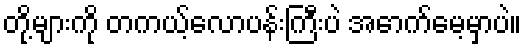
တို့များကို တကယ့်လောပန်းကြီးပဲ အောက်မေ့မှာပဲ။